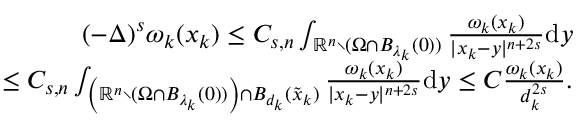
\begin{array} { r l r } & { } & { ( - \Delta ) ^ { s } \omega _ { k } ( x _ { k } ) \leq C _ { s , n } \int _ { \mathbb R ^ { n } \setminus ( \Omega \cap B _ { \lambda _ { k } } ( 0 ) ) } \frac { \omega _ { k } ( x _ { k } ) } { | x _ { k } - y | ^ { n + 2 s } } \mathrm { d } y } \\ & { } & { \qquad \qquad \quad \, \, \, \, \, \leq C _ { s , n } \int _ { \left( \mathbb R ^ { n } \setminus ( \Omega \cap B _ { \lambda _ { k } } ( 0 ) ) \right) \cap B _ { d _ { k } } ( \tilde { x } _ { k } ) } \frac { \omega _ { k } ( x _ { k } ) } { | x _ { k } - y | ^ { n + 2 s } } \mathrm { d } y \leq C \frac { \omega _ { k } ( x _ { k } ) } { d _ { k } ^ { 2 s } } . } \end{array}